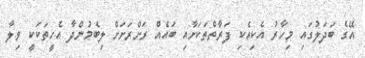
އޭގެ ބަދަލުގައި މިހާރު އެކިއެކި ފަރާތްތަކަށާއި ބައެއް ރަށްރަށަށް ލިބެމުންދާ އެހީތަކަކީ ވިލާ